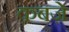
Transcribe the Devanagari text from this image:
क़बज़े